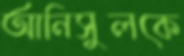
আনিসুলকে